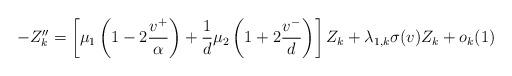
LaTeX: \begin{align*} - Z_k'' = \left[\mu_1\left(1 - 2\frac{v^+}{\alpha}\right) + \frac{1}{d}\mu_2\left(1 + 2\frac{v^-}{d}\right)\right] Z_k + \lambda_{1,k} \sigma(v) Z_k + o_k(1)\\\end{align*}